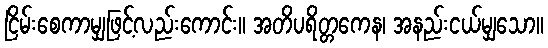
ငြိမ်းစေကာမျှဖြင့်လည်းကောင်း။ အတိပရိတ္တကေန၊ အနည်းငယ်မျှသော။